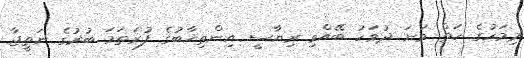
މިމަހުގެ ހަތް ވަނަ ދުވަހު ބޭއްވި ރިޔާސީ އިންތިޚާބުގެ ފުރަތަމަ ބުރުގެ ނަތީޖާ